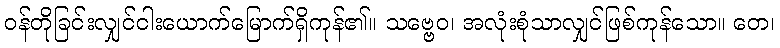
ဝန်တိုခြင်းလျှင်ငါးယောက်မြောက်ရှိကုန်၏။ သဗ္ဗေဝ၊ အလုံးစုံသာလျှင်ဖြစ်ကုန်သော။ တေ၊